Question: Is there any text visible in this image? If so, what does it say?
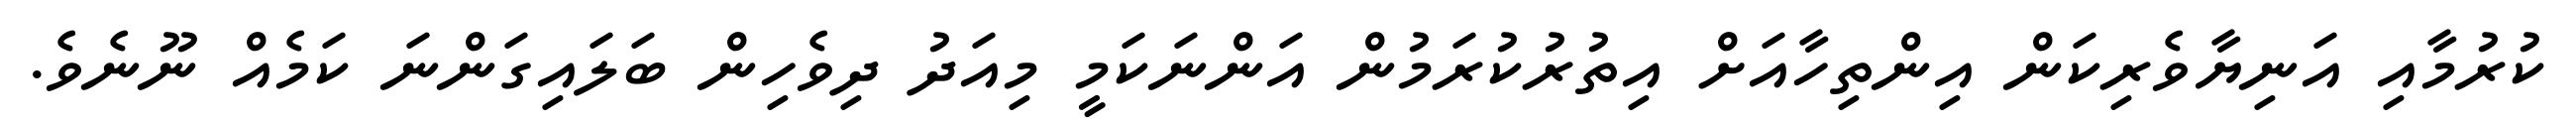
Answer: ކުރުމާއި އަނިޔާވެރިކަން އިންތިހާއަށް އިތުރުކުރަމުން އަންނަކަމީ މިއަދު ދިވެހިން ބަލައިގަންނަ ކަމެއް ނޫނެވެ.